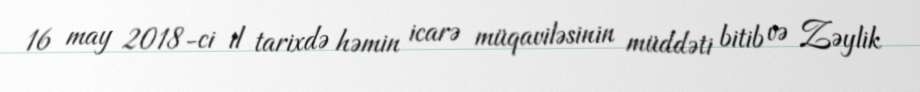
16 may 2018-ci il tarixdə həmin icarə müqaviləsinin müddəti bitib və Zəylik